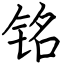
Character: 铭